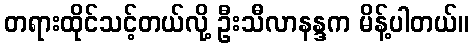
တရားထိုင်သင့်တယ်လို့ ဦးသီလာနန္ဒက မိန့်ပါတယ်။